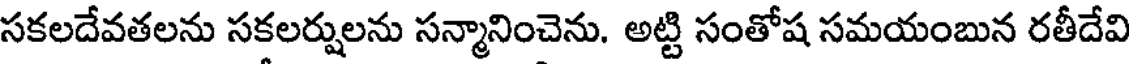
సకలదేవతలను సకలర్షులను సన్మానించెను. అట్టి సంతోష సమయంబున రతీదేవి